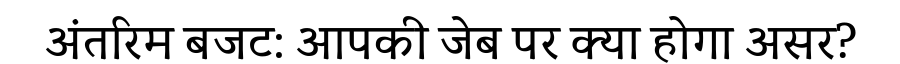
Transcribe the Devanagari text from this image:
अंतरिम बजट: आपकी जेब पर क्या होगा असर?